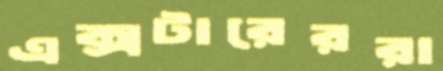
এক্সটারেররা